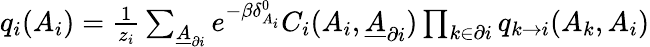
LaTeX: \begin{array}{r}{q_{i}(A_{i})=\frac{1}{z_{i}}\sum_{\underline{{A}}_{\partial i}}e^{-\beta\delta_{A_{i}}^{0}}C_{i}(A_{i},\underline{{A}}_{\partial i})\prod_{k\in\partial i}q_{k\rightarrow i}(A_{k},A_{i})}\end{array}